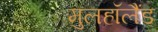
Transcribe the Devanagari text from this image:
मुलहॉलैंड